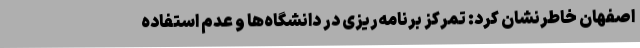
اصفهان خاطرنشان کرد: تمرکز برنامه‌ریزی در دانشگاه‌ها و عدم استفاده